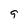
Character: g